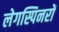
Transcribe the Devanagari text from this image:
लेगस्पिनरों